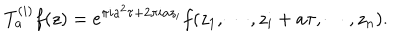
T _ { a } ^ { ( i ) } f ( z ) = e ^ { \pi i a ^ { 2 } \tau + 2 \pi i a z _ { i } } f ( z _ { 1 } , \cdots , z _ { i } + a \tau , \cdots , z _ { n } ) .